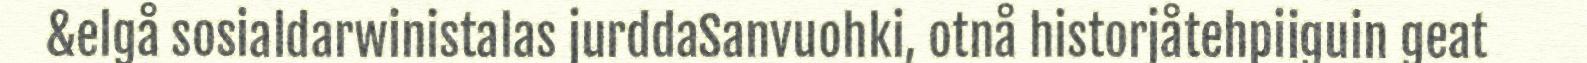
&elgå sosialdarwinistalas jurddaSanvuohki, otnå historjåtehpiiguin geat